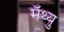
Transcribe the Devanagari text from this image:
मॅथ्यु